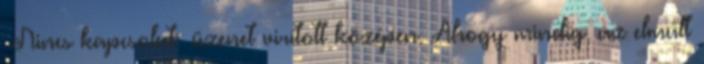
Nincs kapcsolat üzenet virított középen. Ahogy mindig, az elmúlt